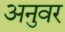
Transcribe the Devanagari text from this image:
अनुवर